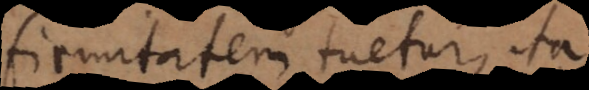
firmitatem tuetur, ita